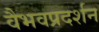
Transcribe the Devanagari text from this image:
वैभवप्रदर्शन